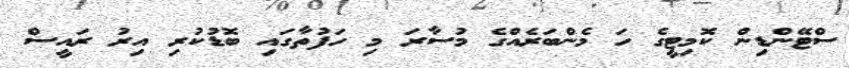
ސްޓޭންޑިން ކޮމިޓީގެ ހަ މެންބަރެއްގެ މުސާރަ މި ހަފުތާގައި ބޮޑުކުރި އިރު ރައީސް